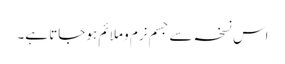
اس نسخہ سے جسم نرم و ملائم ہو جاتا ہے۔